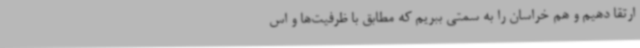
ارتقا دهیم و هم خراسان را به سمتی ببریم که مطابق با ظرفیت‌ها و اس